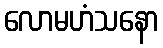
လောမဟံသနော